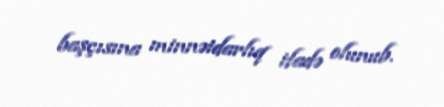
başçısına minnətdarlıq ifadə olunub.